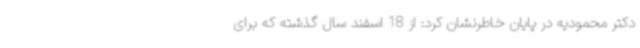
دکتر محمودیه در پایان خاطرنشان کرد: از 18 اسفند سال گذشته که برای